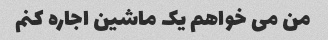
من می خواهم یک ماشین اجاره کنم